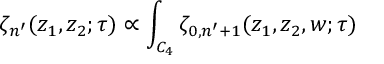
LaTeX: \zeta _ { n ^ { \prime } } ( z _ { 1 } , z _ { 2 } ; \tau ) \propto \int _ { C _ { 4 } } \zeta _ { 0 , n ^ { \prime } + 1 } ( z _ { 1 } , z _ { 2 } , w ; \tau )